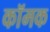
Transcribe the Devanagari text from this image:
कॉमक